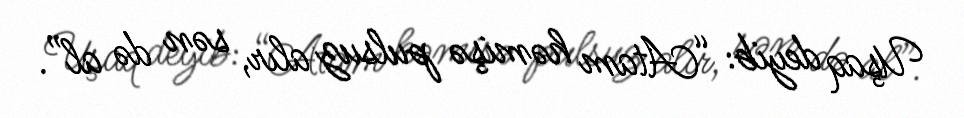
Uşaq deyib: “Atam həmişə pulsuz alır, sən də al”.